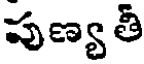
పుణ్య తీ